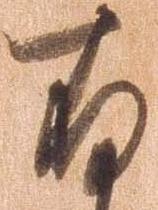
存